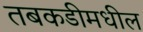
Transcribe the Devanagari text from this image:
तबकडीमधील